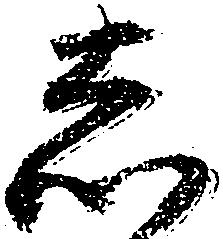
し